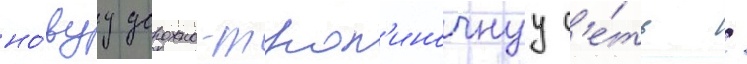
но́вуу дорожно-троп'иночнуу с'е́ть /